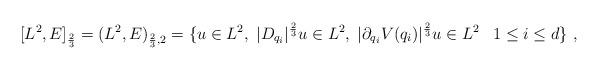
LaTeX: \begin{align*}[L^2,E]_{\frac{2}{3}}=(L^2,E)_{ \frac{2}{3},2}={\lbrace u\in L^2,\;|D_{q_i}|^{\frac{2}{3}}u\in L^2,\;|\partial_{q_i}V(q_i)|^{\frac{2}{3}}u\in L^2\;\; \;1\le i\le d\rbrace~,}\end{align*}